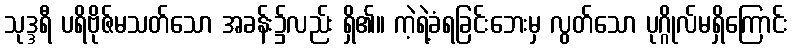
သုဒ္ဒရီ ပရိဗိုဇ်မသတ်သော အခန်း၌လည်း ရှိ၏။ ကဲ့ရဲ့ခံရခြင်းဘေးမှ လွတ်သော ပုဂ္ဂိုလ်မရှိကြောင်း